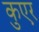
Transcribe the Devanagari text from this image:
कुएर